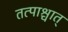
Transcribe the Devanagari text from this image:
तत्पाश्चात्